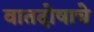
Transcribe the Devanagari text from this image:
वातदोषाचे